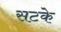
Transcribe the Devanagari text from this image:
सटके